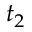
t _ { 2 }